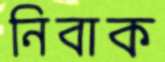
নিবাক